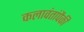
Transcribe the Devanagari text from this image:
कलावंतांपैकी